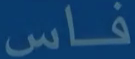
فاس